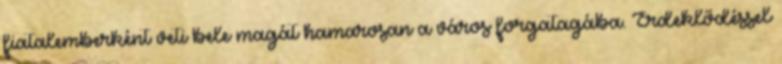
fiatalemberként veti bele magát hamarosan a város forgatagába. Érdeklődéssel